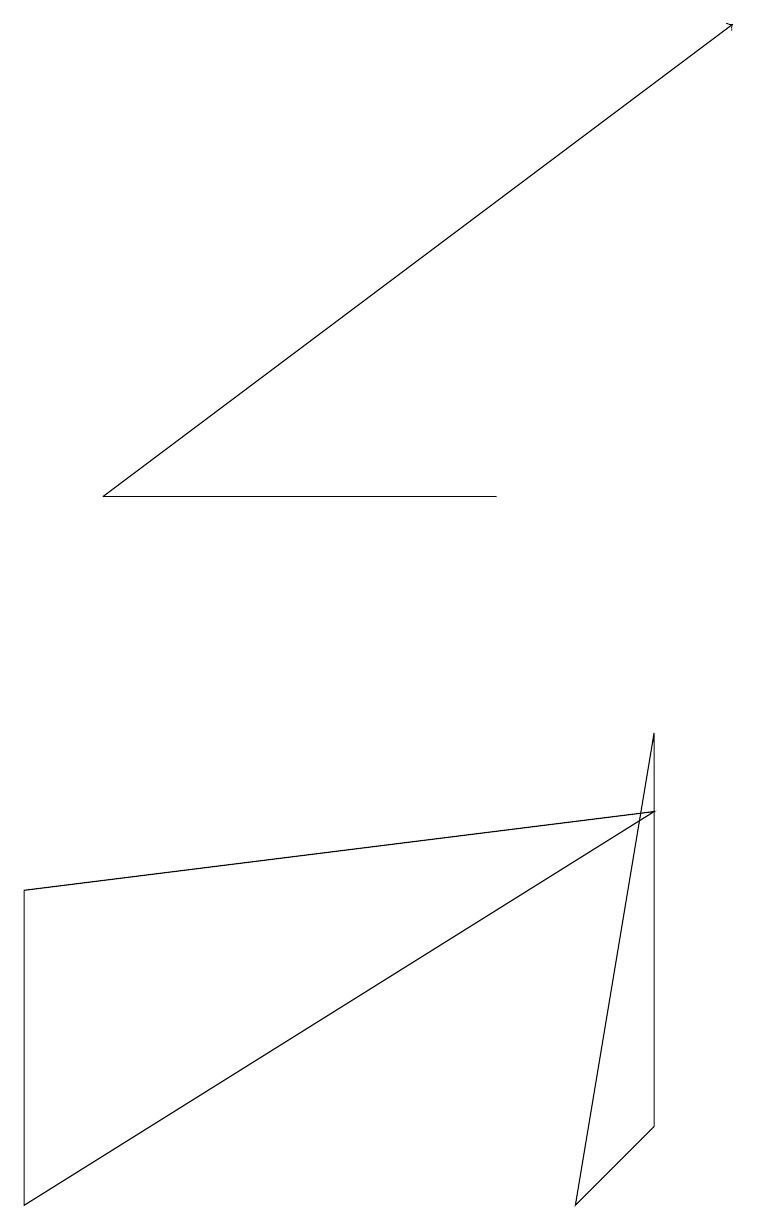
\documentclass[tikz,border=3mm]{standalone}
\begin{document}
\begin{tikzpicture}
\draw (8,7) -- (7,1) -- (8,2) -- cycle;
\draw (0,5) -- (8,6) -- (0,1) -- cycle;
\draw[->] (1,10) -- (9,16);
\draw (6,10) rectangle (1,10);
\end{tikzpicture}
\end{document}